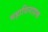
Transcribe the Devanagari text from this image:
महाविनाशक